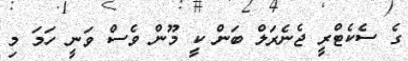
ގެ ސެކެޓްރީ ޖެނެރަލް ބަން ކީ މޫން ވެސް ވަނީ ހަމަ މި